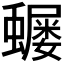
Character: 𮕅